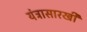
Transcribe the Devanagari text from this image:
यंत्रासारखी